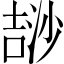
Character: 𣻅